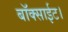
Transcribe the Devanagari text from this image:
बॉक्साईट।